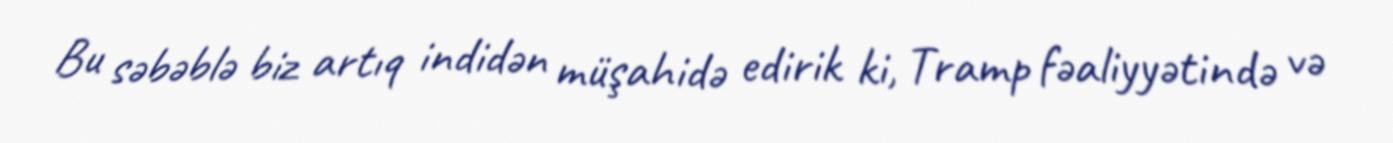
Bu səbəblə biz artıq indidən müşahidə edirik ki, Tramp fəaliyyətində və